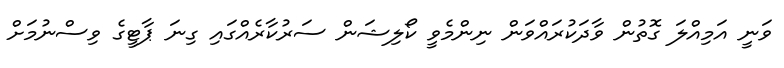
ވަނީ އަމިއްލަ ގޮތުން ވާދަކުރައްވަން ނިންމެވީ ކޯލިޝަން ސަރުކާރެއްގައި ގިނަ ޕާޓީގެ ވިސްނުމަށް